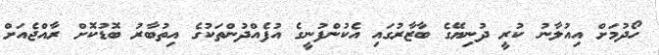
ހޯދުމަށް އިއުލާނު ކުރީ ދުނިޔޭގެ ބާޒާރުގައި އެކުންފުނީގެ އުފެއްދުންތަކުގެ އިތުބާރު ބޮޑުކޮށް ރާއްޖެއަށް